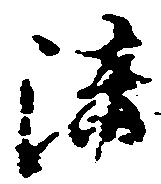
法